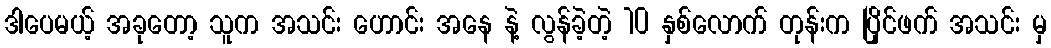
ဒါပေမယ့် အခုတော့ သူက အသင်း ဟောင်း အနေ နဲ့ လွန်ခဲ့တဲ့ 10 နှစ်လောက် တုန်းက ပြိုင်ဖက် အသင်း မှ